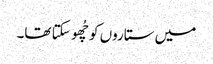
میں ستاروں کو چُھو سکتا تھا۔